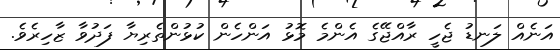
އަނެއް ލަނޑު ޖެހީ ރާއްޖޭގެ އެންމެ މޮޅު އަންހެން ކުޅުންތެރިޔާ ފަދުވާ ޒާހިރެވެ.